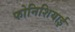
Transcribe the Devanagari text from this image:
फोनिशियाई